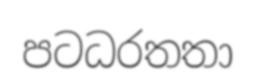
පටධරතතා